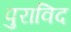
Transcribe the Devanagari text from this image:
पुराविद